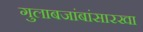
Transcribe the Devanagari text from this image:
गुलाबजांबांसारखा